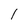
Character: 1